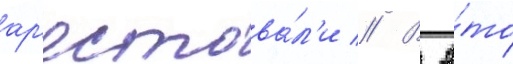
ар'естова́л'и // В э́то